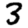
Digit: 3